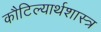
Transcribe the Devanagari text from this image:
कौटिल्यार्थशास्त्र